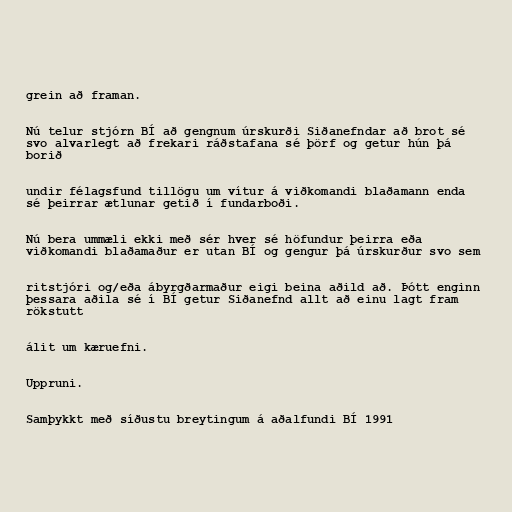
grein að framan.

Nú telur stjórn BÍ að gengnum úrskurði Siðanefndar að brot sé
svo alvarlegt að frekari ráðstafana sé þörf og getur hún þá
borið

undir félagsfund tillögu um vítur á viðkomandi blaðamann enda
sé þeirrar ætlunar getið í fundarboði.

Nú bera ummæli ekki með sér hver sé höfundur þeirra eða
viðkomandi blaðamaður er utan BÍ og gengur þá úrskurður svo sem

ritstjóri og/eða ábyrgðarmaður eigi beina aðild að. Þótt enginn
þessara aðila sé í BÍ getur Siðanefnd allt að einu lagt fram
rökstutt

álit um kæruefni.

Uppruni.

Samþykkt með síðustu breytingum á aðalfundi BÍ 1991